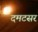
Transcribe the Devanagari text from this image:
दमटसर